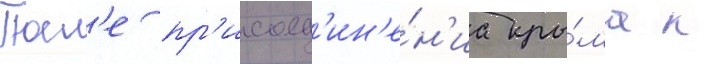
Посл'е пр'исоед'ин'е́н'иа кры́ма к